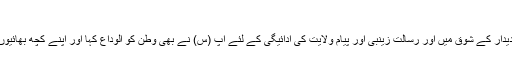
معصومہ کی خراسان روانگی
امام رضا(ع) کی ہجرت کے ایک سال بعد بھائی کے دیدار کے شوق میں اور رسالت زینبی اور پیام ولایت کی ادائیگی کے لئے آپ (س) نے بھی وطن کو الوداع کہا اور اپنے کچھ بھائیوں اور بھتیجوں کے ساتھ خراسان کی جانب روانہ ہوئیں۔